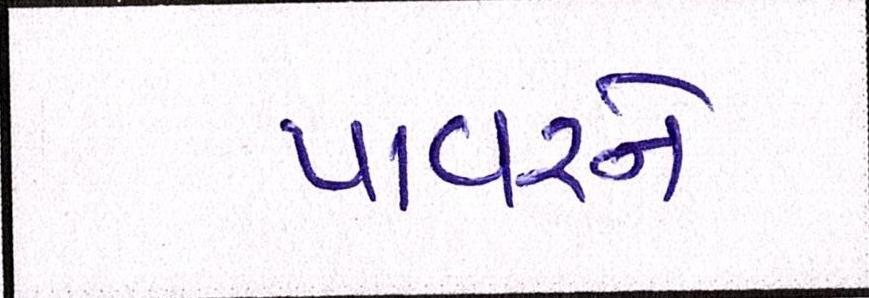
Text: પાવરને